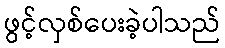
ဖွင့်လှစ်ပေးခဲ့ပါသည်